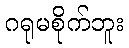
ဂရုမစိုက်ဘူး